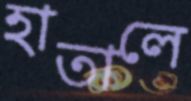
হাতালে